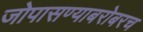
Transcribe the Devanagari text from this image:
जोपासण्याबरोबरच